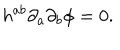
LaTeX: h ^ { a b } { \partial } _ { a } { \partial } _ { b } { \phi } = 0 .